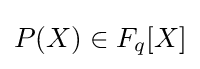
P(X)\in F_{q}[X]